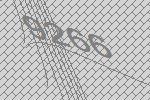
9266